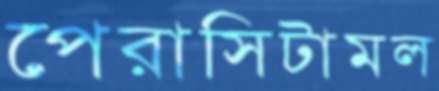
পেরাসিটামল